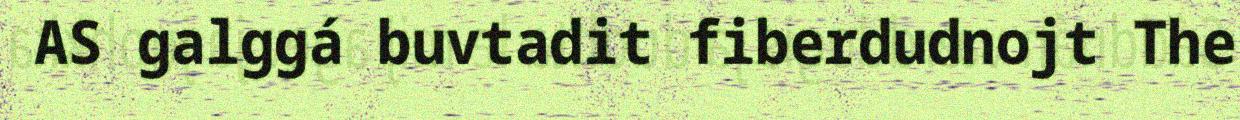
AS galggá buvtadit fiberdudnojt The